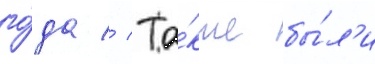
го́да // Та́кже бы́л'и